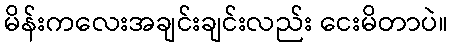
မိန်းကလေးအချင်းချင်းလည်း ငေးမိတာပဲ။